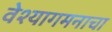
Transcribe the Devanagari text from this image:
वेश्यागमनाचा